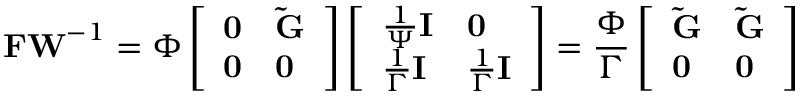
\mathbf { F W } ^ { - 1 } = \Phi \left[ \begin{array} { l l } { \mathbf { 0 } } & { \mathbf { \tilde { G } } } \\ { \mathbf { 0 } } & { \mathbf { 0 } } \end{array} \right] \left[ \begin{array} { l l } { \frac { 1 } { \Psi } \mathbf { I } } & { \mathbf { 0 } } \\ { \frac { 1 } { \Gamma } \mathbf { I } } & { \frac { 1 } { \Gamma } \mathbf { I } } \end{array} \right] = \frac { \Phi } { \Gamma } \left[ \begin{array} { l l } { \mathbf { \tilde { G } } } & { \mathbf { \tilde { G } } } \\ { \mathbf { 0 } } & { \mathbf { 0 } } \end{array} \right]